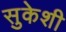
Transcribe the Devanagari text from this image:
सुकेशी